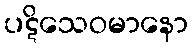
ပဋိသေဝမာနော